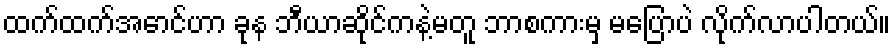
ထက်ထက်အောင်ဟာ ခုန ဘီယာဆိုင်ကနဲ့မတူ ဘာစကားမှ မပြောပဲ လိုက်လာပါတယ်။